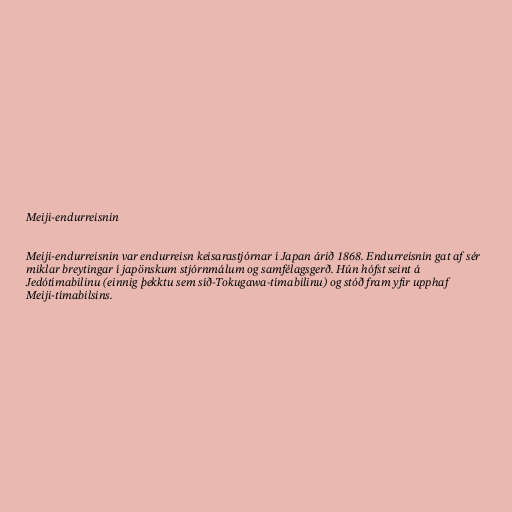
Meiji-endurreisnin

Meiji-endurreisnin var endurreisn keisarastjórnar í Japan árið 1868. Endurreisnin gat af sér
miklar breytingar í japönskum stjórnmálum og samfélagsgerð. Hún hófst seint á
Jedótímabilinu (einnig þekktu sem síð-Tokugawa-tímabilinu) og stóð fram yfir upphaf
Meiji-tímabilsins.